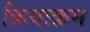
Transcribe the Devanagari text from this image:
क्रियाक्रम